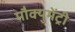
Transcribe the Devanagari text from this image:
मौक्युमेंट्री